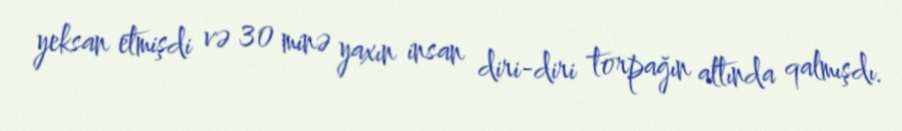
yeksan etmişdi və 30 minə yaxın insan diri-diri torpağın altında qalmışdı.